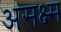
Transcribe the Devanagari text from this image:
असक्ष्म